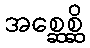
အစ္ဆေစ္ဆိ